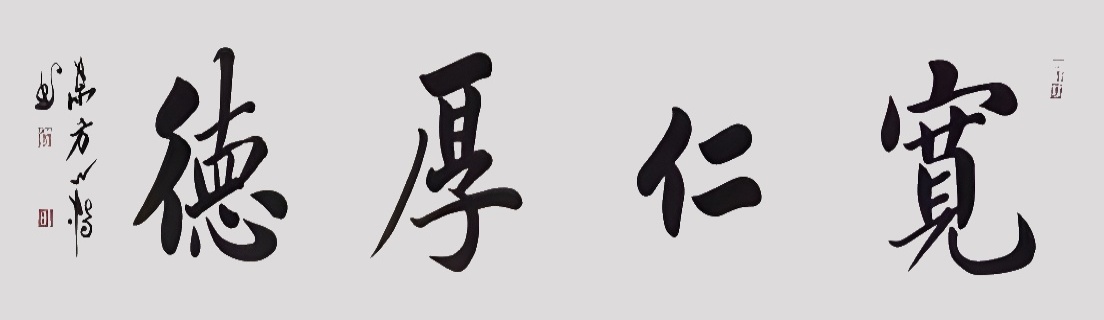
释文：宽仁厚德邵群群2016年作